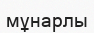
мұнарлы